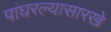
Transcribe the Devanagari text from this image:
पांघरल्यासारखे